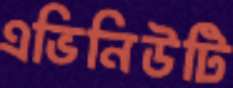
এভিনিউটি